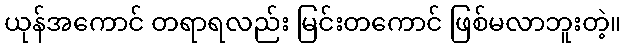
ယုန်အကောင် တရာရလည်း မြင်းတကောင် ဖြစ်မလာဘူးတဲ့။